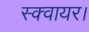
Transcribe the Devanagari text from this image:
स्क्वायर।